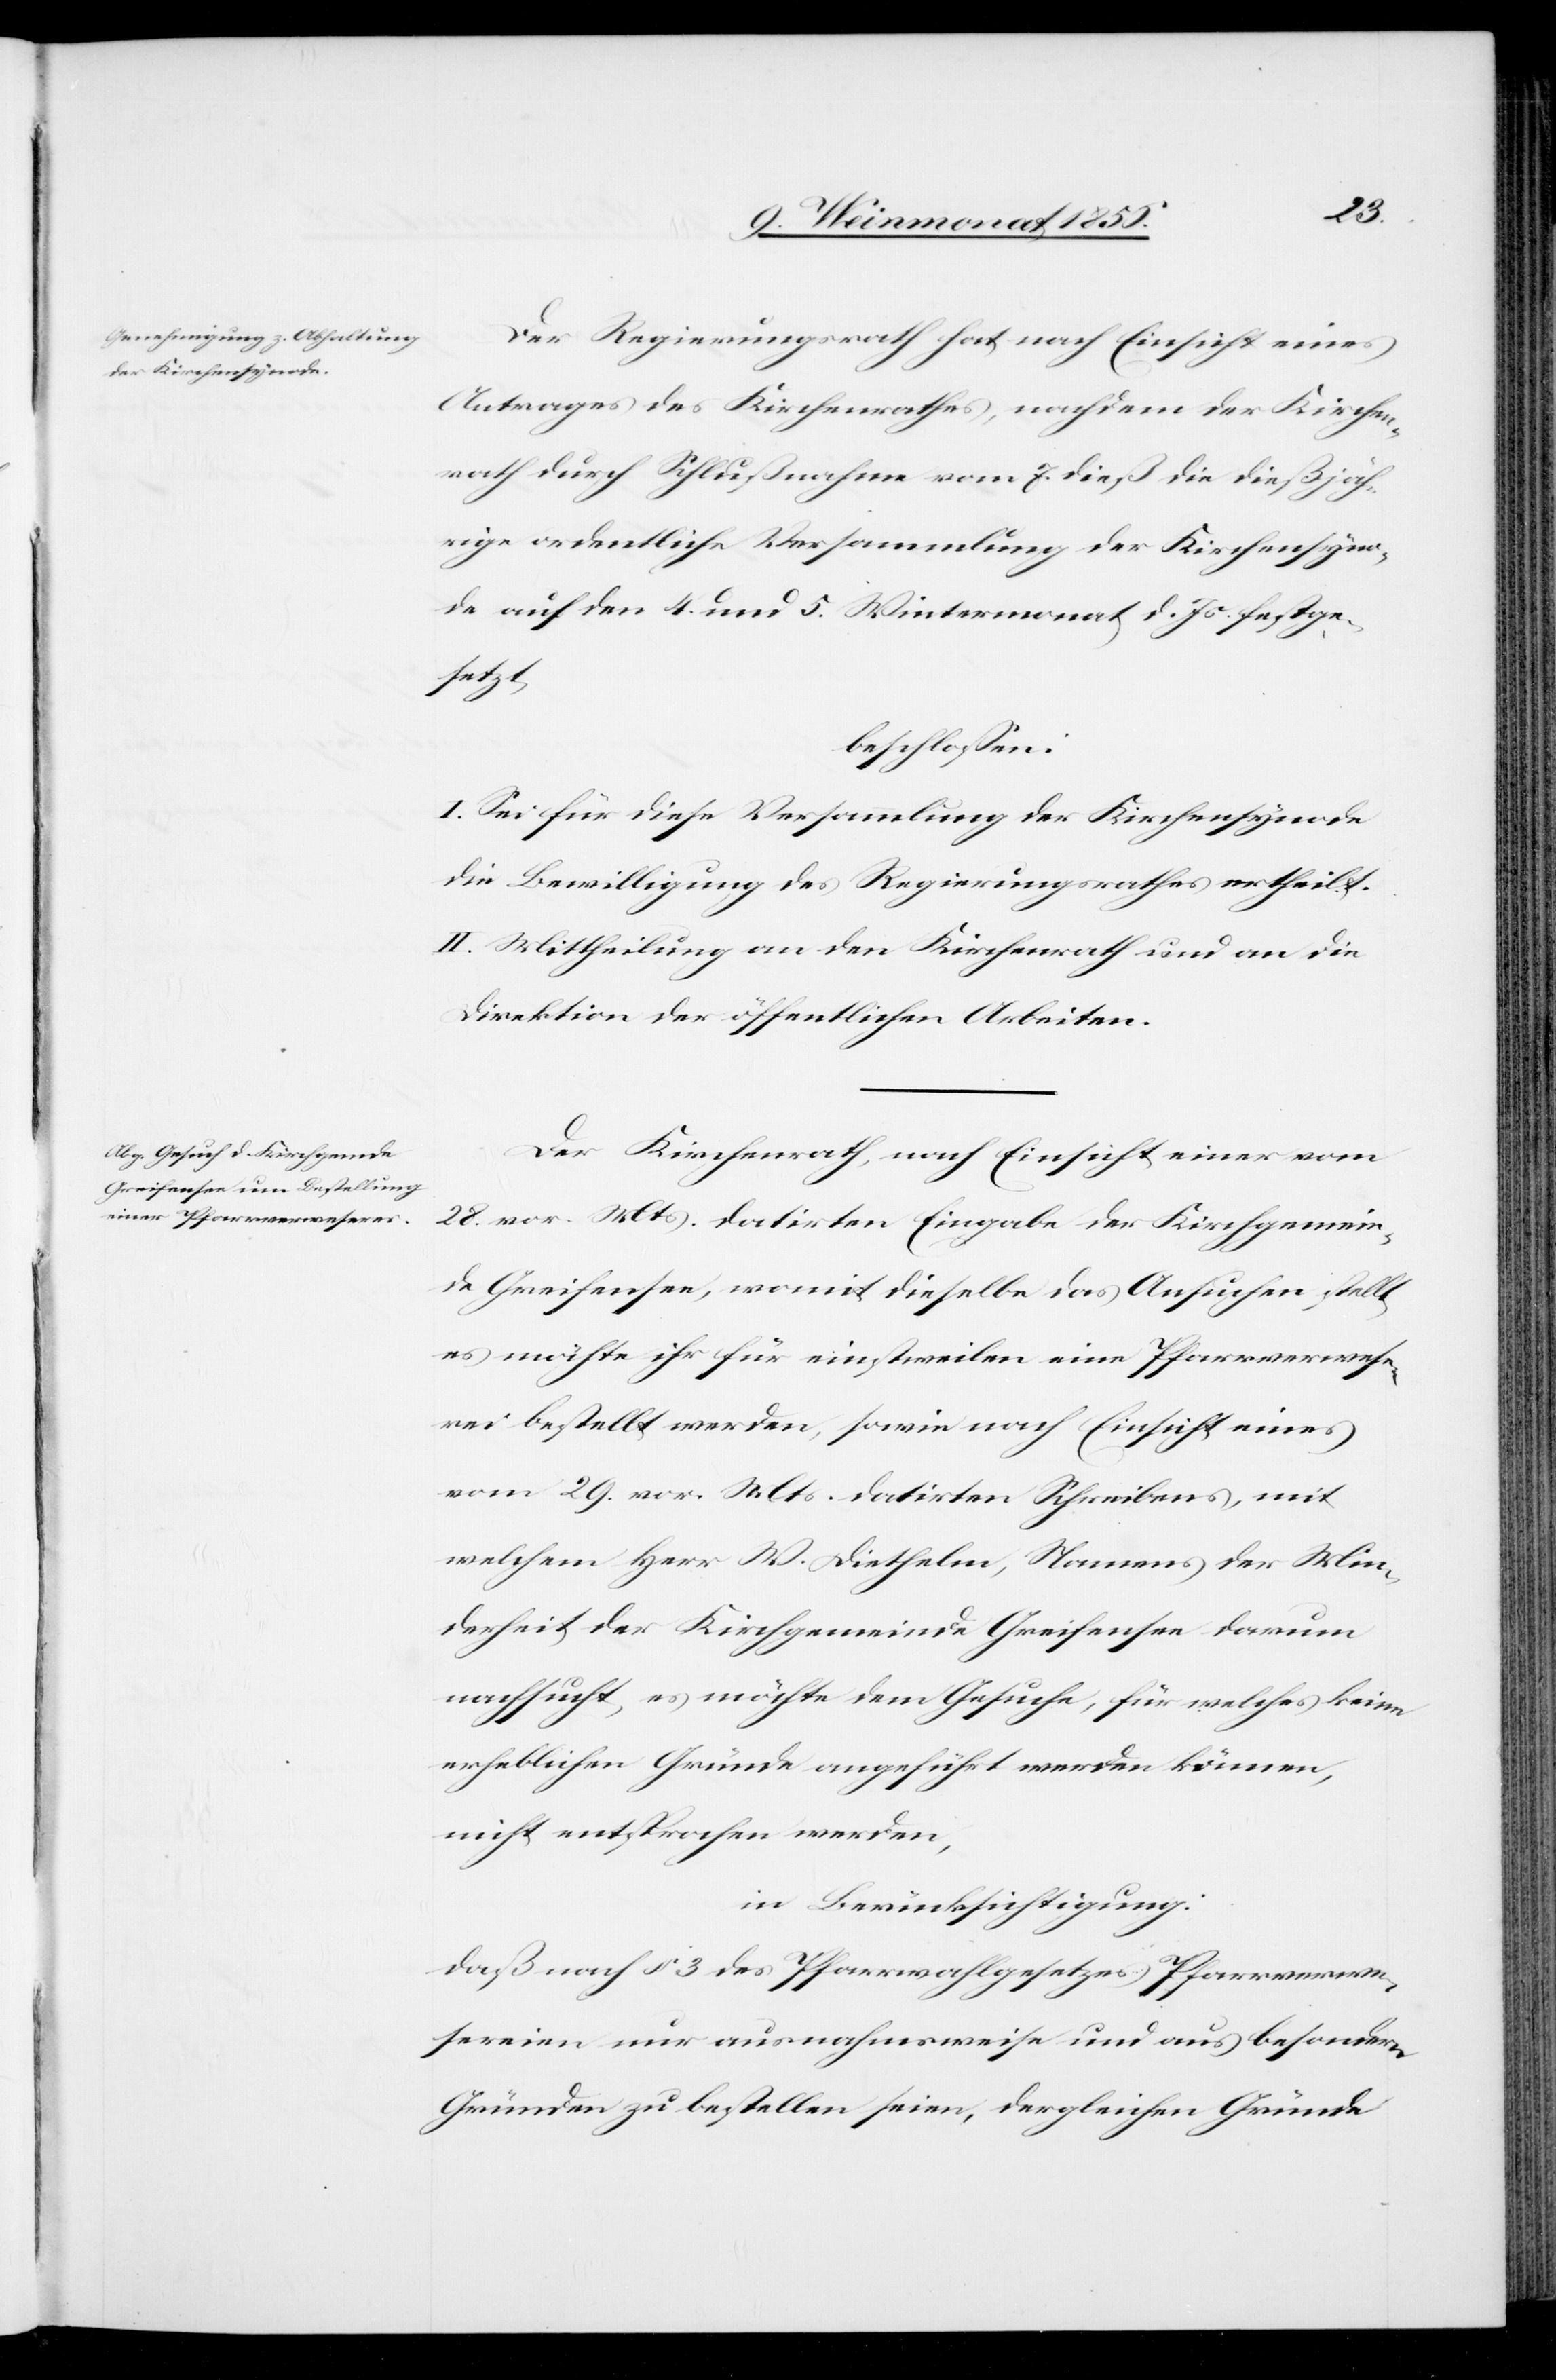
Der Regierungsrath hat nach Einsicht eines
Antrages des Kirchenrathes, nachdem der Kirchen¬
rath durch Schlußnahme vom 7. dieß die dießjäh¬
rige ordentliche Versammlung der Kirchensyno¬
de auf den 4. und 5. Wintermonat d. Js. festge¬
setzt,
beschlossen:
I. Sei für diese Versammlung der Kirchensynode
die Bewilligung des Regierungsrathes ertheilt.
II. Mittheilung an den Kirchenrath und an die
Direktion der öffentlichen Arbeiten.
Der Kirchenrath, nach Einsicht einer vom
28. vor. Mts. datirten Eingabe der Kirchgemein¬
de Greifensee, womit dieselbe das Ansuchen stellt,
es möchte ihr für einstweilen eine Pfarrverwese¬
rei bestellt werden, sowie nach Einsicht eines
vom 29. vor. Mts. datirten Schreibens, mit
welchem Herr W. Diethelm, Namens der Min¬
derheit der Kirchgemeinde Greifensee darum
nachsucht, es möchte dem Gesuche, für welches keine
erheblichen Gründe angeführt werden können,
nicht entsprochen werden,
in Berücksichtigung:
daß nach § 3 des Pfarrwahlgesetzes Pfarrverwe¬
sereien nur ausnahmsweise und aus besondern
Gründen zu bestellen seien, dergleichen Gründe